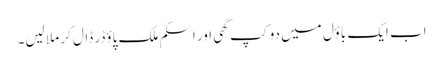
اب ایک باؤل میں دو کپ گھی اور اسکم ملک پاؤڈر ڈال کر ملا لیں۔